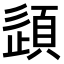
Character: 𫖠